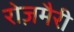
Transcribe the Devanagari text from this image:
रोज़मैरी